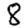
Digit: 8